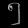
Digit: ၅